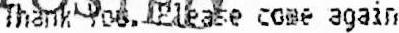
THANK YOU. PLEASE COME AGAIN